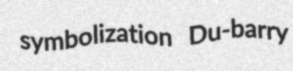
symbolization Du-barry